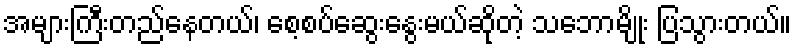
အများကြီးတည်နေတယ်၊ စေ့စပ်ဆွေးနွေးမယ်ဆိုတဲ့ သဘောမျိုး ပြသွားတယ်။